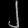
Digit: ၂